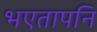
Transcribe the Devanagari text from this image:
भएतापनि